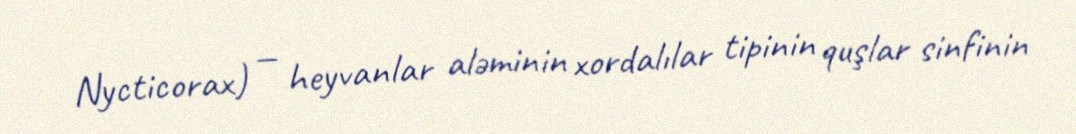
Nycticorax) — heyvanlar aləminin xordalılar tipinin quşlar sinfinin